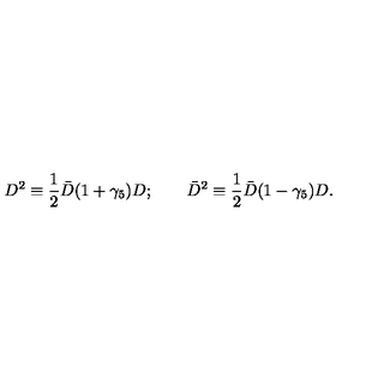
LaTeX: D ^ { 2 } \equiv \frac { 1 } { 2 } \bar { D } ( 1 + \gamma _ { 5 } ) D ; \qquad \bar { D } ^ { 2 } \equiv \frac { 1 } { 2 } \bar { D } ( 1 - \gamma _ { 5 } ) D .